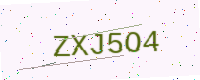
Text: ZXJ5O4